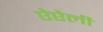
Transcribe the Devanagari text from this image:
ऐऐली